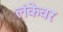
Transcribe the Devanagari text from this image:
लंकेवर